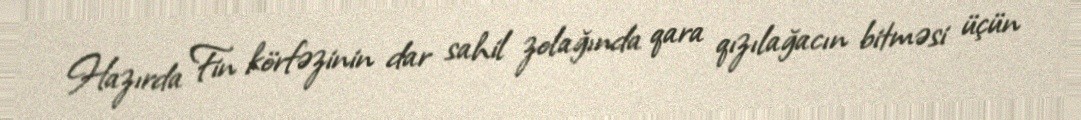
Hazırda Fin körfəzinin dar sahil zolağında qara qızılağacın bitməsi üçün